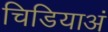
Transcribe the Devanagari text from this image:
चिडियाअं